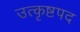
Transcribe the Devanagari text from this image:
उत्कृष्टपद